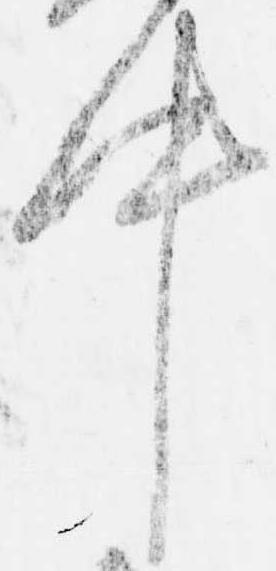
件